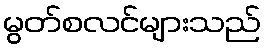
မွတ်စလင်များသည်